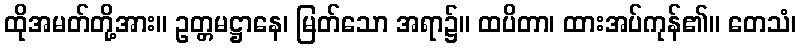
ထိုအမတ်တို့အား။ ဥတ္တမဋ္ဌာနေ၊ မြတ်သော အရာ၌။ ထပိတာ၊ ထားအပ်ကုန်၏။ တေသံ၊